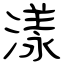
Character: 漾